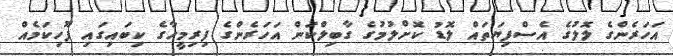
އަހަރެންގެ ލޮލުގެ އެސްފިޔަތައް ލޮޑު ކޮށްލުމުގެ ގާބިލްކަން އަހަރެންގެ ފިރިމީހާގެ ކިބައިގައި ފޫހިކަމެއް